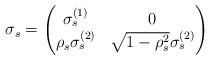
LaTeX: \begin{align*} \sigma_s= \begin{pmatrix}\sigma_s^{(1)} &0\\ \rho_s \sigma_s^{(2)} &\sqrt{1-\rho_s^2} \sigma_s^{(2)}\end{pmatrix}\end{align*}